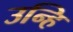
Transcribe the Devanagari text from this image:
उन्हि